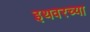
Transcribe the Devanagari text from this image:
इथवरच्या